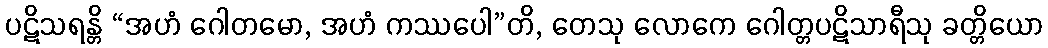
ပဋိသရန္တိ “အဟံ ဂေါတမော, အဟံ ကဿပေါ”တိ, တေသု လောကေ ဂေါတ္တပဋိသာရီသု ခတ္တိယော